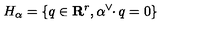
H _ { \alpha } = \{ q \in \mathbf { R } ^ { r } , \alpha ^ { \vee } \! \! \cdot q = 0 \}